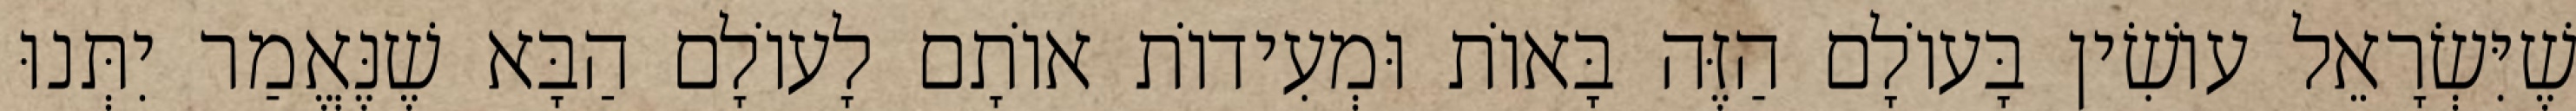
שֶׁיִּשְׂרָאֵל עוֹשִׂין בָּעוֹלָם הַזֶּה בָּאוֹת וּמְעִידוֹת אוֹתָם לָעוֹלָם הַבָּא שֶׁנֶּאֱמַר יִתְּנוּ